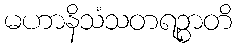
မဟာနိသံသတရဉ္စာတိ